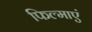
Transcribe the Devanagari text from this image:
फिल्माएं